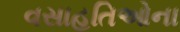
વસાહતિઓના